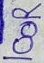
Text: 100R